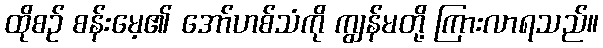
ထိုစဉ် စန်းမေ့၏ အော်ဟစ်သံကို ကျွန်မတို့ ကြားလာရသည်။